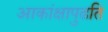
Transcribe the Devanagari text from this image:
आकांक्षापुढति